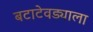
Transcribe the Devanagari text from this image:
बटाटेवड्याला